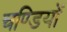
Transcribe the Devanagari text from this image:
चण्डियों